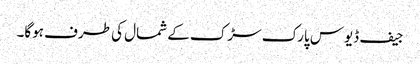
جیف ڈیوس پارک سڑک کے شمال کی طرف ہوگا۔